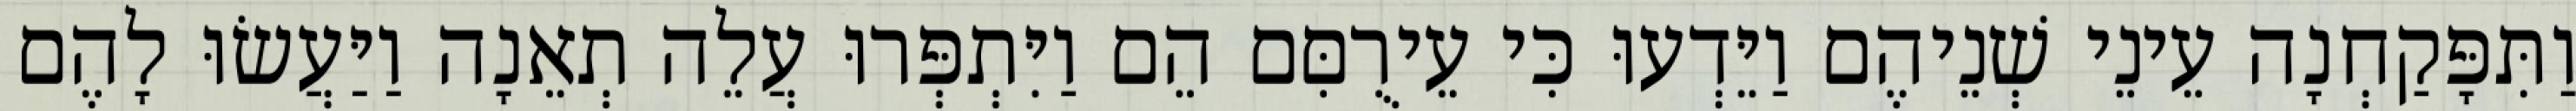
וַתִּפָּקַחְנָה עֵינֵי שְׁנֵיהֶם וַיֵּדְעוּ כִּי עֵירֻםִּם הֵם וַיִּתְפְּרוּ עֲלֵה תְאֵנָה וַיַּעֲשׂוּ לָהֶם